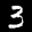
Label: 3